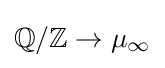
\mathbb {Q} /\mathbb {Z} \to \mu _{\infty }